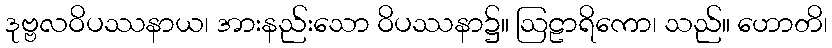
ဒုဗ္ဗလဝိပဿနာယ၊ အားနည်းသော ဝိပဿနာ၌။ ဩဠာရိကော၊ သည်။ ဟောတိ၊